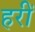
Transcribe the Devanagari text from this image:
हरीं